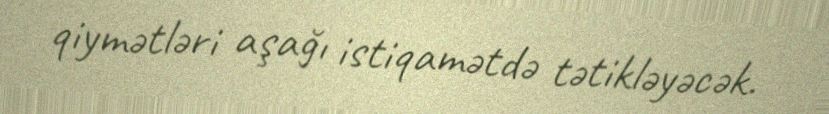
qiymətləri aşağı istiqamətdə tətikləyəcək.